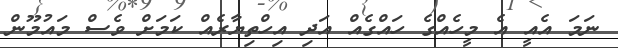
ނަމަ އެއީ އެ މީހެއްގެ ހައްގެއް އަދި އިހްތިޔާރެއް ކަމަށް ވެސް މައުމޫން